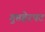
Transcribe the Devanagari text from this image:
गुप्तहेरपट